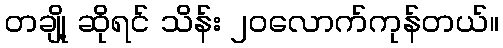
တချို့ ဆိုရင် သိန်း ၂၀လောက်ကုန်တယ်။